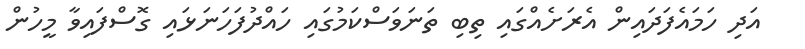
އަދި ހަމައެފަދައިން އެރަށެއްގައި ތިބި ތަނަވަސްކަމުގައި ހައްދުފަހަނަޅައި ގޮސްފައިވާ މީހުން